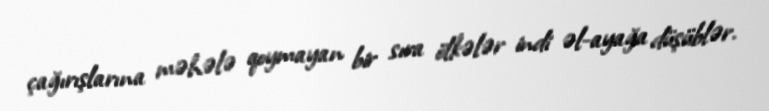
çağırışlarına məhələ qoymayan bir sıra ölkələr indi əl-ayağa düşüblər.